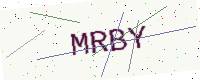
Text: MRBY